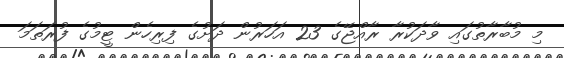
މި މުބާރާތުގައި ވާދަކުރާ ރާއްޖޭގެ 23 އަހަރުން ދަށުގެ ފިރިހެން ޓީމުގެ ފުރަތަމަ